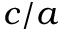
c / a